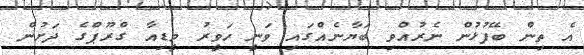
އެ ތިން ބޭފުޅުން ނެރުއްވި ބަޔާނެއްގައި ވަނީ ހަވީރު މީޑިއާ ގްރޫޕްގެ ދަށުން